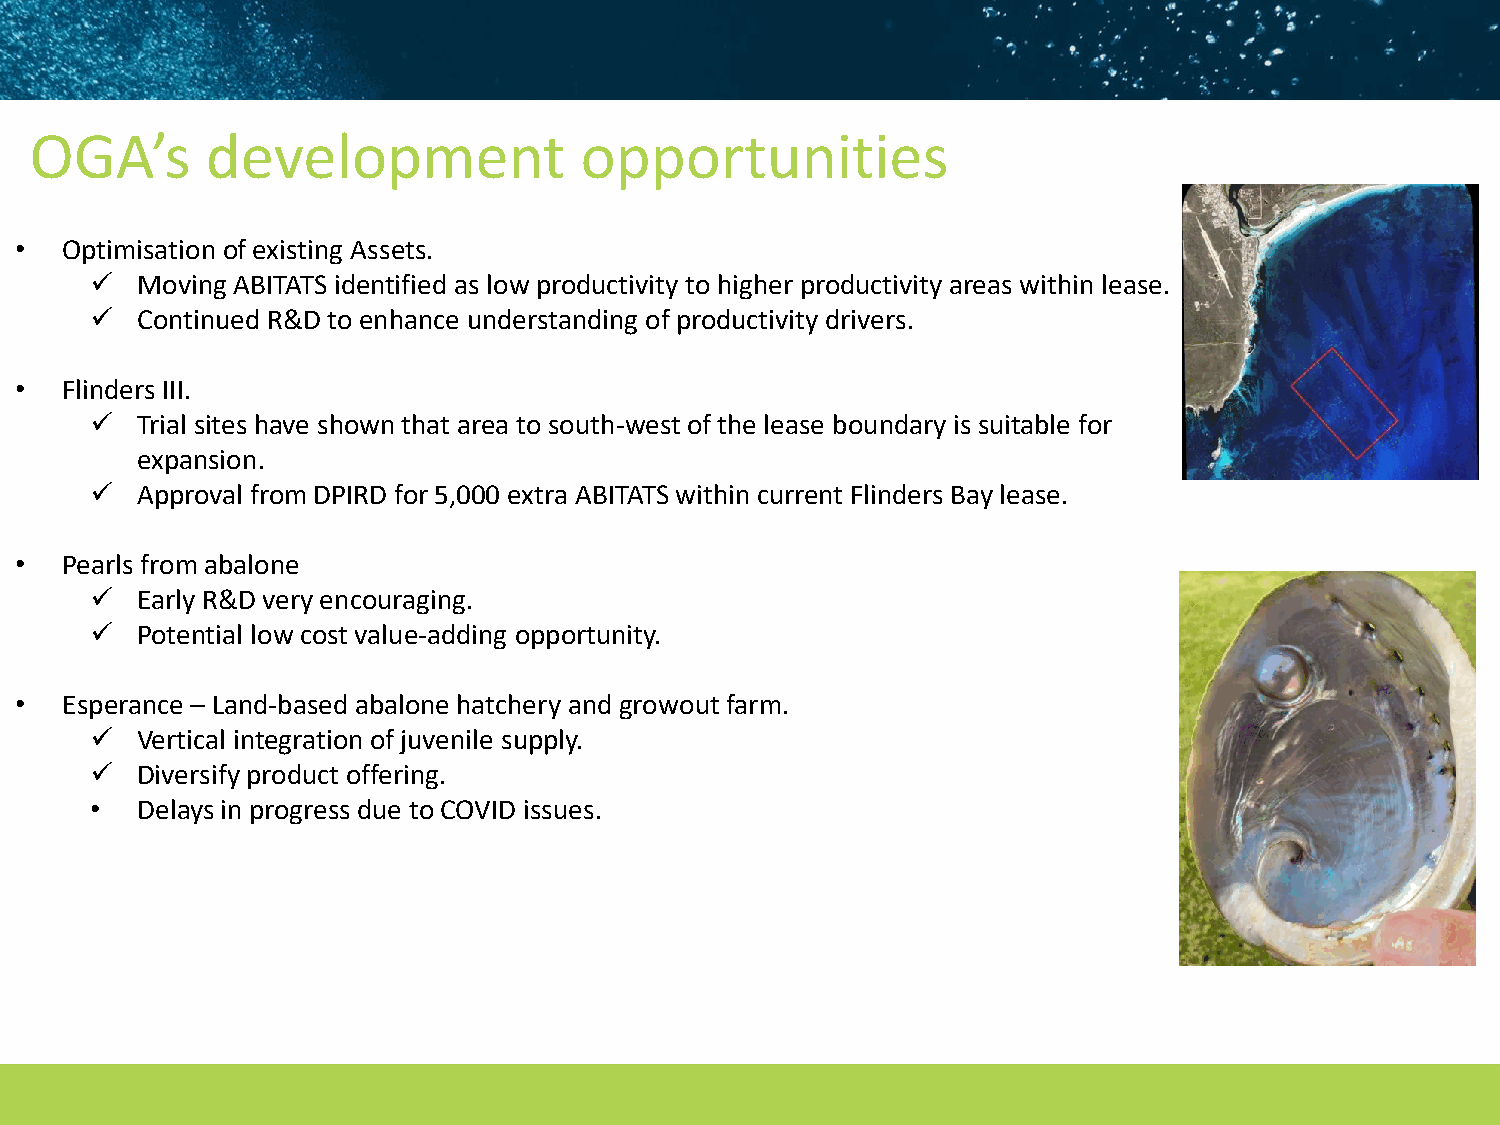
OGA’s       development             opportunities
 •  Optimisation of existing Assets.
 ✓  Moving ABITATS identified as low productivity to higher productivity areas within lease.
 ✓  Continued R&D to enhance understanding of productivity drivers.
 •  Flinders III.
 ✓  Trial sites have shown that area to south-west of the lease boundary is suitable for
 expansion.
 ✓  Approval from DPIRD for 5,000 extra ABITATS within current Flinders Bay lease.
 •  Pearls from abalone
 ✓  Early R&D very encouraging.
 ✓  Potential low cost value-adding opportunity.
 •  Esperance – Land-based abalone hatchery and growoutfarm.
 ✓  Vertical integration of juvenile supply.
 ✓  Diversify product offering.
 •  Delays in progress due to COVID issues.
 15